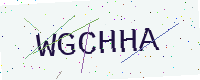
Text: WGCHHA